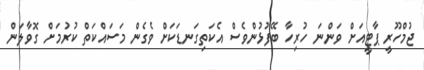
ޖުމްހޫރީ ޕާޓީއަށް ވަންނަ ހުރިހާ ބޭފުޅުންވެސް އެކަތިގަނޑަކަށް ވެގެން މަސައްކަތް ކުރުމަށް ގޮވާލަން